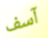
آسف